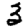
Digit: 3